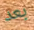
بعد